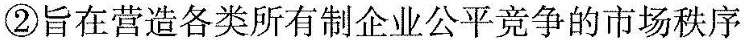
②旨在营造各类所有制企业公平竞争的市场秩序